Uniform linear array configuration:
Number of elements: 8
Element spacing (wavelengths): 1
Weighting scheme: uniform
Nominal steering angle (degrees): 30
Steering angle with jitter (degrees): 31.713
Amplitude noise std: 0.05
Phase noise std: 0.05

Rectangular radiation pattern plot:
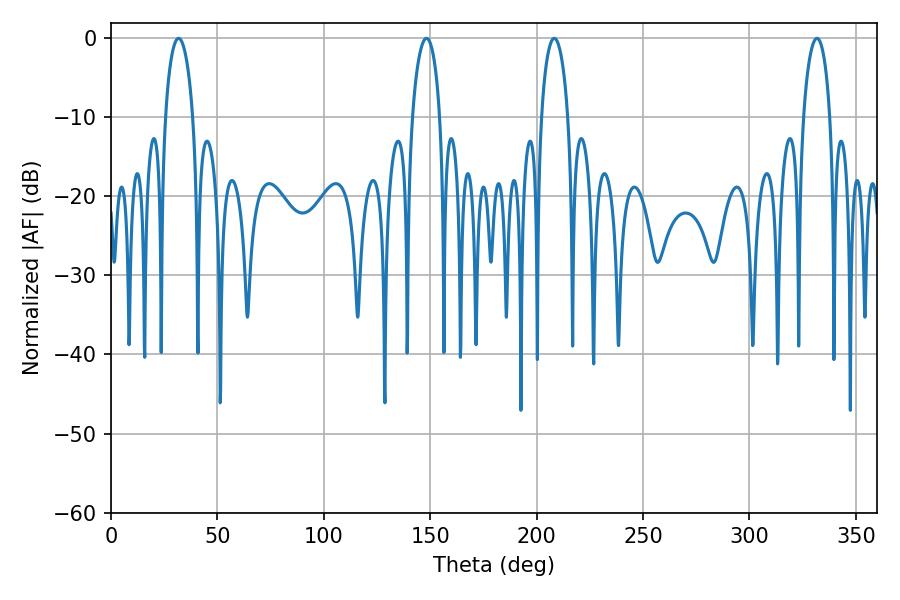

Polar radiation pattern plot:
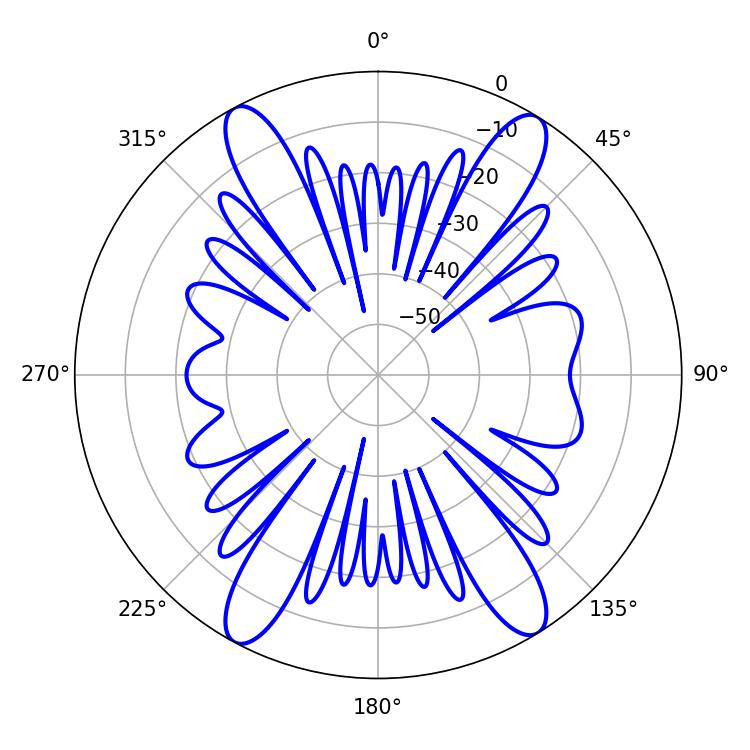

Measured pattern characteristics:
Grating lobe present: TRUE
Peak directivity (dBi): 19.56
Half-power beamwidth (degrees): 7.02
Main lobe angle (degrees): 208.26